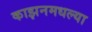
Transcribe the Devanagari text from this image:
काझनमधल्या